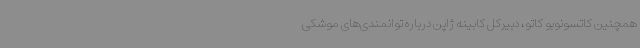
همچنین کاتسونوبو کاتو، دبیرکل کابینه ژاپن درباره توانمندی‌های موشکی